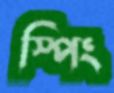
স্পিং